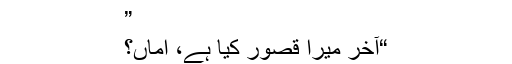
”
“آخر میرا قصور کیا ہے، اماں؟